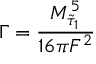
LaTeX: \Gamma = \frac { M _ { \tilde { \tau } _ { 1 } } ^ { 5 } } { 1 6 \pi F ^ { 2 } } \;